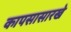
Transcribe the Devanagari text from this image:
कापसासारखे